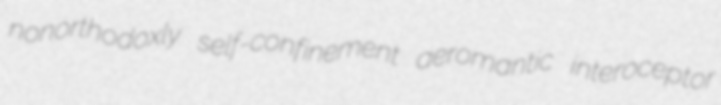
nonorthodoxly self-confinement aeromantic interoceptor